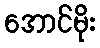
အောင်မိုး